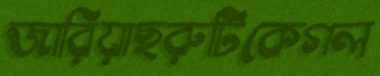
জারিয়াছরুটিকেগল